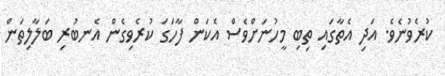
ކުރެވުނެވެ. އަދި އެތާގައި ތިބި މީހުނަށްވެސް އެކަން ފާހަގަ ކުރެވިގެން އެނބުރި ބަލާލިތަން